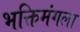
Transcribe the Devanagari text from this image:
भक्तिमंगला